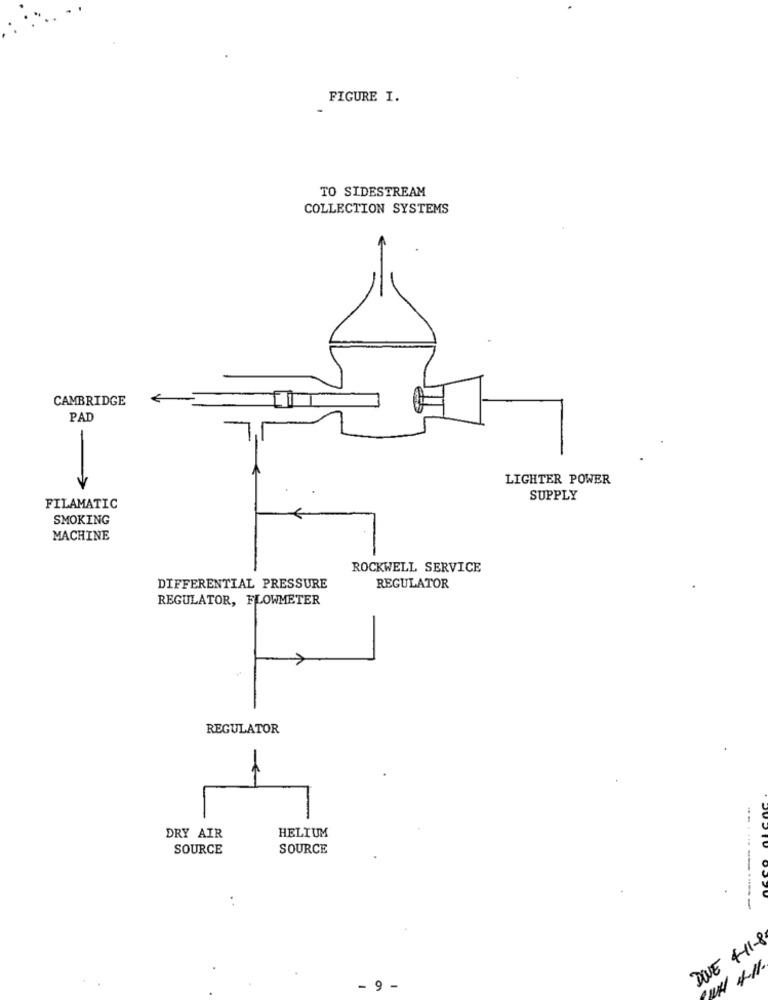
FIGURE I.
TO SIDESTREAM
COLLECTION SYSTEMS
CAMBRIDGE
PAD
-
LIGHTER POWER
SUPPLY
FILAMATIC
SMOKING
MACHINE
ROCKWELL SERVICE
DIFFERENTIAL PRESSURE
REGULATOR
REGULATOR, FLOWMETER
REGULATOR
-
HELIUM
DRY AIR
SOURCE
SOURCE
DOVE 4-11-8
UN 4-11
.9 -